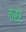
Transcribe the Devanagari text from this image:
ठर्रे